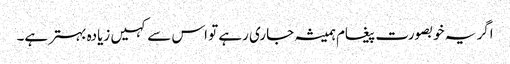
اگر یہ خوبصورت پیغام ہمیشہ جاری رہے تو اس سے کہیں زیادہ بہتر ہے۔